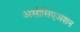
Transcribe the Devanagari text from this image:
असोसिएअशन